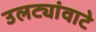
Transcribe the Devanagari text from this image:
उलट्यांवाटे